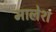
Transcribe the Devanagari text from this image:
मालेश